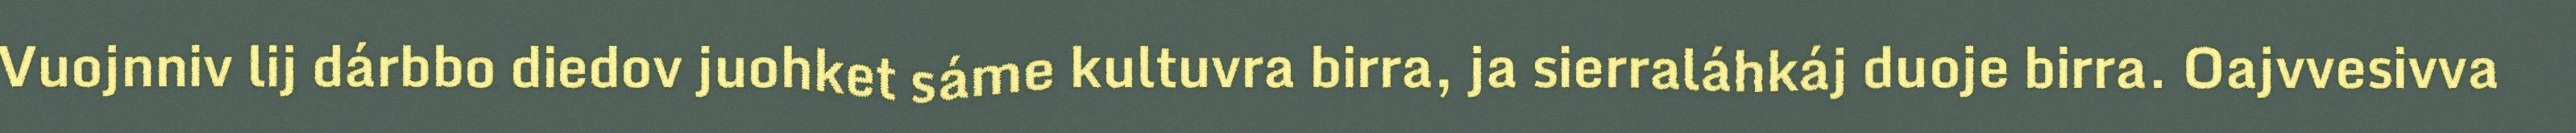
Vuojnniv lij dárbbo diedov juohket sáme kultuvra birra, ja sierraláhkáj duoje birra. Oajvvesivva